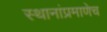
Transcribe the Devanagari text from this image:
स्थानांप्रमाणेच